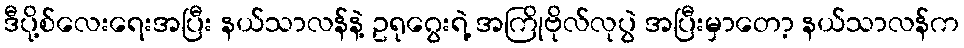
ဒီပို့စ်လေးရေးအပြီး နယ်သာလန်နဲ့ ဥရုဂွေးရဲ့ အကြိုဗိုလ်လုပွဲ အပြီးမှာတော့ နယ်သာလန်က